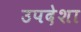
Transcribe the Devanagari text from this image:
उपदेशा